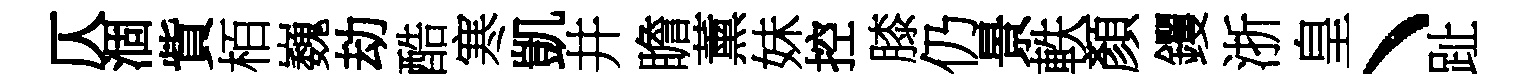
仄涸貲栢巍劫酷寒凱井瞻薰妹控膝仍景軼顏钁浙皇丶趾